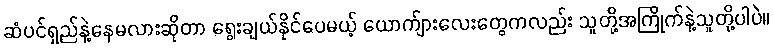
ဆံပင်ရှည်နဲ့နေမလားဆိုတာ ရွေးချယ်နိုင်ပေမယ့် ယောက်ျားလေးတွေကလည်း သူတို့အကြိုက်နဲ့သူတို့ပါပဲ။